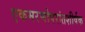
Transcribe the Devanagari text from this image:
एकमरणोपरांतशीर्षक